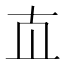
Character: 𰅰